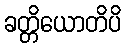
ခတ္တိယောတိပိ